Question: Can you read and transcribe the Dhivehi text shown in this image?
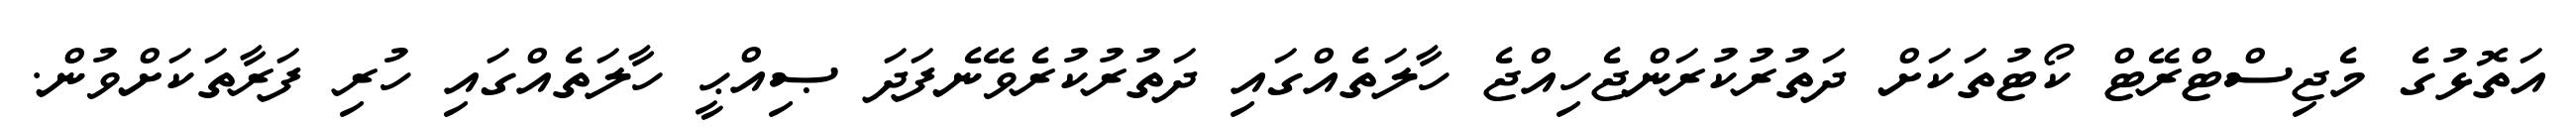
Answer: އަތޮޅުގެ މެޖިސްޓްރޭޓް ކޯޓުތަކަށް ދަތުރުކުރަންޖެހިއްޖެ ހާލަތެއްގައި ދަތުރުކުރެވޭނެފަދަ ޞިއްޙީ ހާލަތެއްގައި ހުރި ފަރާތަކަށްވުން.